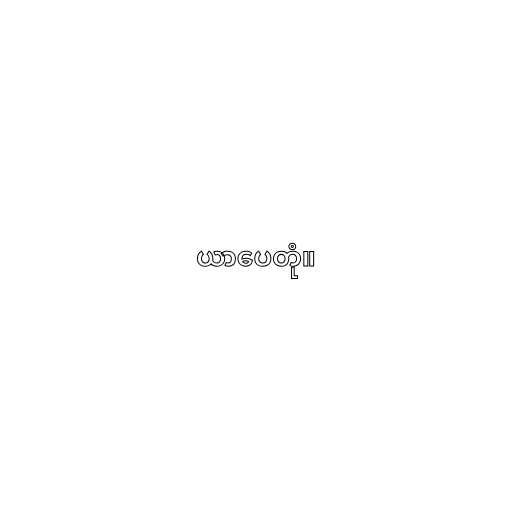
ယာပေတုံ။